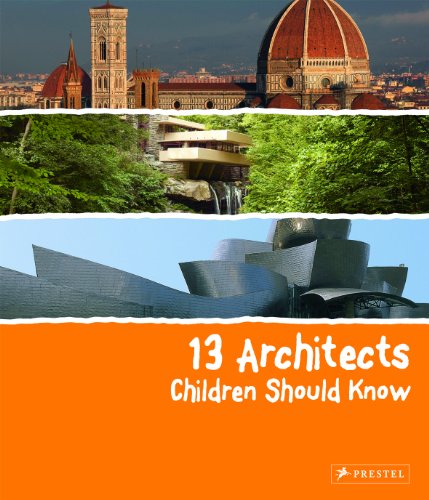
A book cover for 13 Architects Children Should Know; Florian Heine; Children's Books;